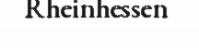
Rheinhessen